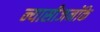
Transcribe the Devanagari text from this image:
न्यासीजनोंके